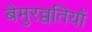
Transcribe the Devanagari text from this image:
बेमुरव्वतियों